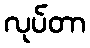
လုပ်တာ